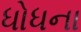
ધોધના